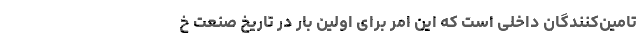
تامین‌کنندگان داخلی است که اين امر برای اولین بار در تاریخ صنعت خ